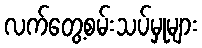
လက်တွေ့စမ်းသပ်မှုများ